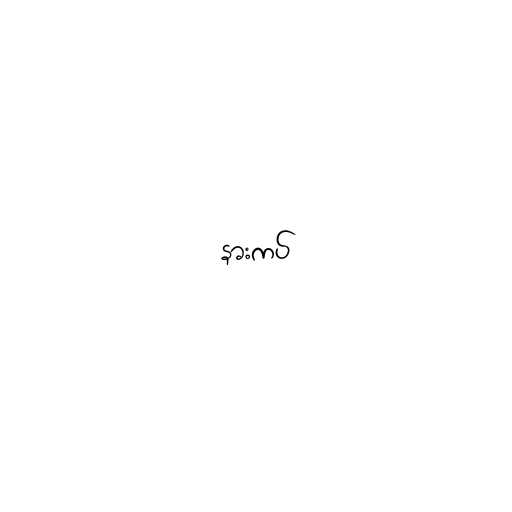
နားကပ်